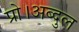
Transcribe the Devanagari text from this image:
प्रो।अब्दुल